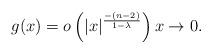
LaTeX: \begin{align*} g(x) = o\left(|x|^{\frac{-(n-2)}{1-\lambda}}\right)x\to 0.\end{align*}